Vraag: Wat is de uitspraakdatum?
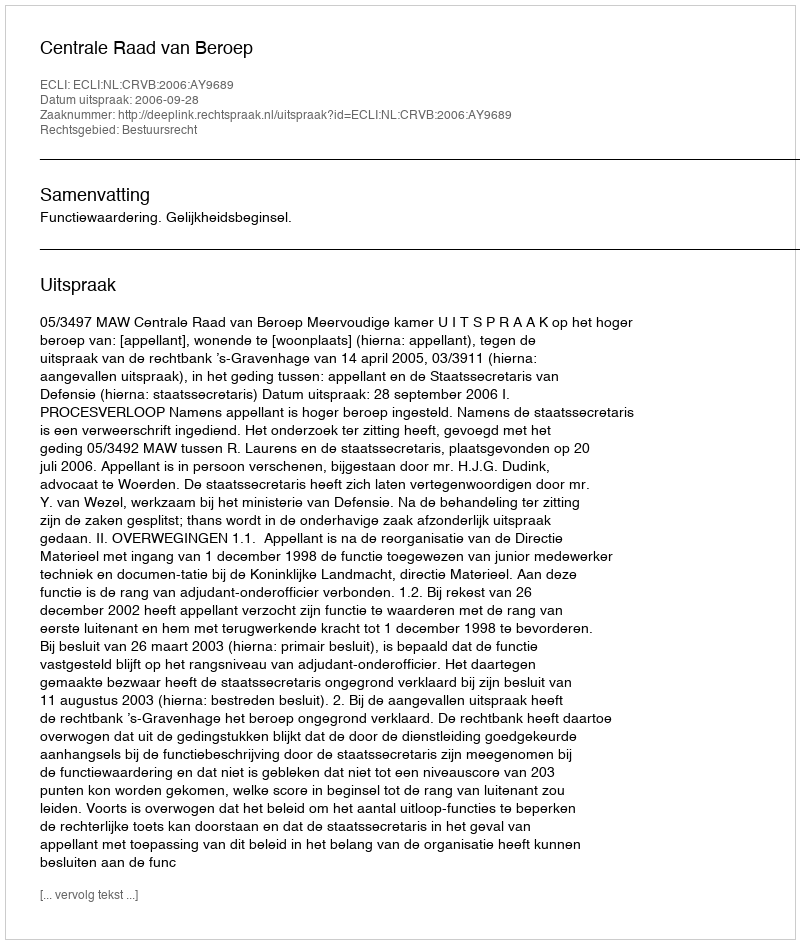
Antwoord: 2006-09-28